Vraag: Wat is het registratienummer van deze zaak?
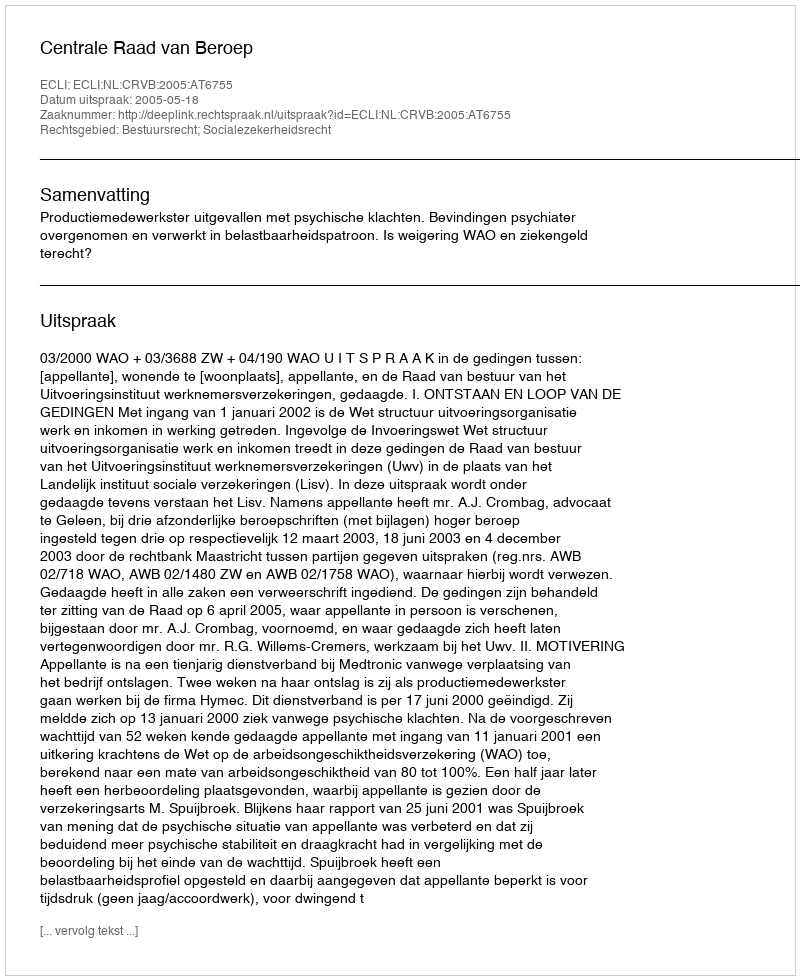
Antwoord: http://deeplink.rechtspraak.nl/uitspraak?id=ECLI:NL:CRVB:2005:AT6755